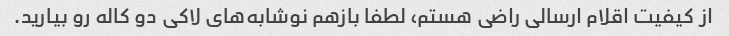
از کیفیت اقلام ارسالی راضی هستم، لطفا بازهم نوشابه‌های لاکی دو کاله رو بیارید.